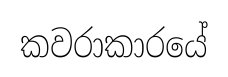
කවරාකාරයේ